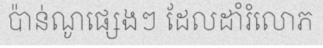
ប៉ាន់ណូផ្សេងៗ ដែលដាំរំលោភ